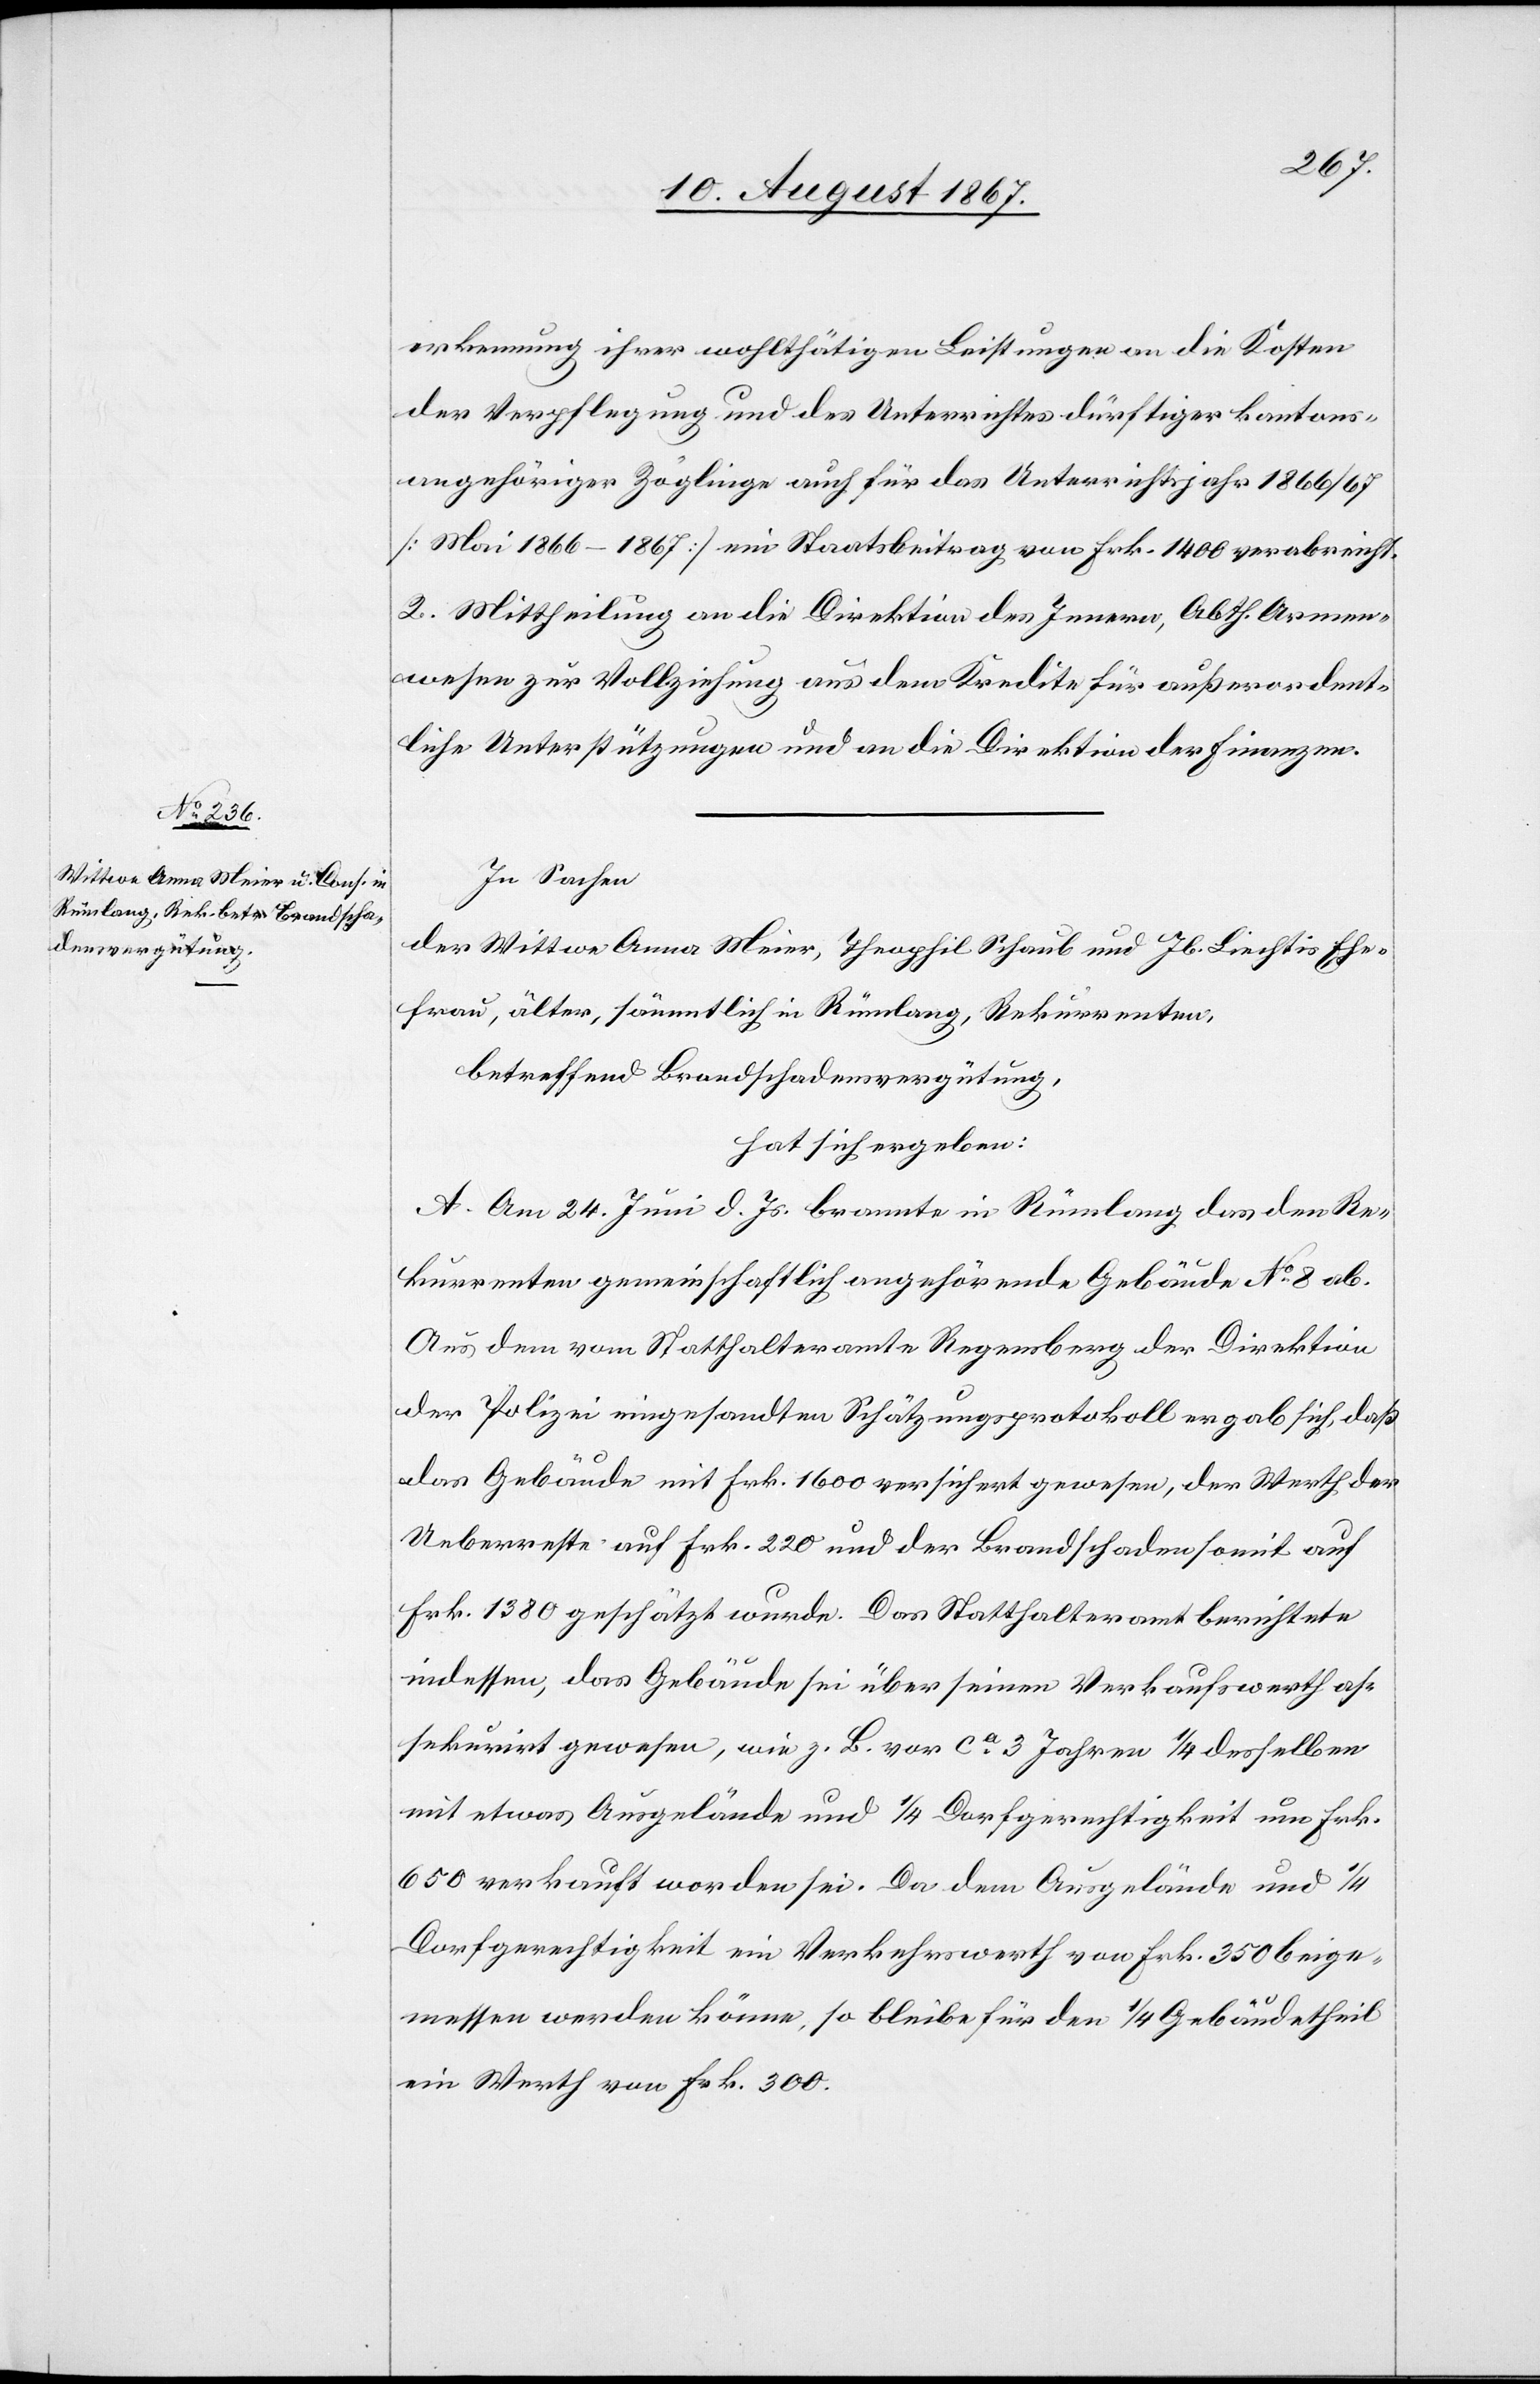
erkennung ihrer wohlthätigen Leistungen an die Kosten
der Verpflegung und des Unterrichtes dürftiger kantons¬
angehöriger Zöglinge auch für das Unterrichtsjahr 1866/67
[Mai 1866–1867] ein Staatsbeitrag von Frk. 1400 verabreicht.
2. Mittheilung an die Direktion des Innern, Abth. Armen¬
wesen zur Vollziehung aus dem Kredite für außerordent¬
liche Unterstützungen und an die Direktion der Finanzen.
In Sachen
der Wittwe Anna Meier, Theophil Schaub und Jb. Liechtis Ehe¬
frau, älter, sämmtlich in Rümlang, Rekurrenten,
betreffend Brandschadensvergütung,
hat sich ergeben:
A. Am 24. Juni d. Js. brannte in Rümlang das den Re¬
kurrenten gemeinschaftlich angehörende Gebäude No. 8 ab.
Aus dem vom Statthalteramte Regensberg der Direktion
der Polizei eingesandten Schätzungsprotokoll ergab sich, daß
das Gebäude mit Frk. 1600 versichert gewesen, der Werth der
Ueberreste auf Frk. 220 und der Brandschaden somit auf
Frk. 1380 geschätzt wurde. Das Statthalteramt berichtete
indessen, das Gebäude sei über seinen Verkaufswerth as¬
sekurirt gewesen, wie z. B. vor ca. 3 Jahren 1/4 desselben
mit etwas Ausgelände und 1/4 Dorfgerechtigkeit um Frk.
650 verkauft worden sei. Da dem Ausgelände und 1/4
Dorfgerechtigkeit ein Verkehrswert von Frk. 350 beige¬
messen werden könne, so bleibe für den 1/4 Gebäudetheil
ein Werth von Frk. 300.